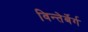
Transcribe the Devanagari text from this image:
विन्तेर्बेर्ग